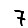
Digit: 7